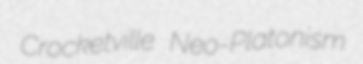
Crocketville Neo-Platonism